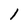
Character: 1